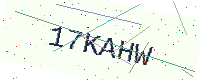
Text: 17KAHW